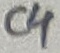
Text: C4